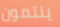
ينتمون